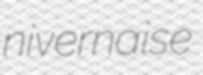
nivernaise